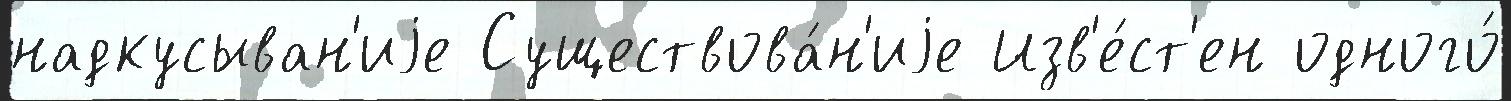
надкусыван'иjе Существова́н'иjе Изв'е́ст'ен одного́